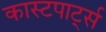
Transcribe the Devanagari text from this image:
कास्टपार्ट्स